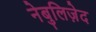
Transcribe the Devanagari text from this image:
नेबुलिज़ेद